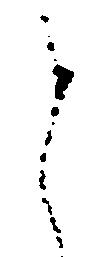
と